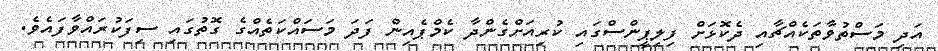
އަދި މަސްތުވާތަކެއްޗާއި ދެކޮޅަށް ފިލިޕީންސްގައި ކުރިއަށްގެންދާ ކެމްޕެއިން ފަދަ މަސައްކަތެއްގެ ގޮތުގައި ސިފަކުރައްވާފައެވެ.